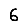
Digit: 6